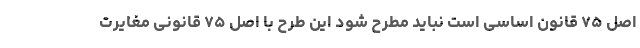
اصل ۷۵ قانون اساسی است نباید مطرح شود این طرح با اصل ۷۵ قانونی مغایرت